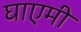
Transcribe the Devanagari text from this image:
घाएमी